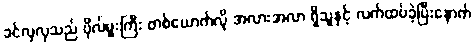
ခင်လှလှသည် ဗိုလ်မှူးကြီး တစ်ယောက်လို အလားအလာ ရှိသူနှင့် လက်ထပ်ခဲ့ပြီးနောက်